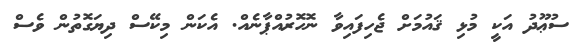
ސުޢޫދު އަކީ މުޅި ޤައުމަށް ޖެހިފައިވާ ނޮހޮރުއްޕާނެއް. އެކަން މިކޭސް ދިޔަގޮތުން ވެސް